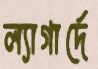
ল্যাগার্দে